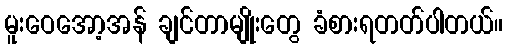
မူးဝေအော့အန် ချင်တာမျိုးတွေ ခံစားရတတ်ပါတယ်။